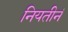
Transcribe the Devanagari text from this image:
नियतीनं